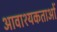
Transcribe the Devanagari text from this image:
आवाश्‍यकताओं